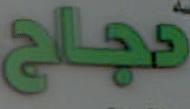
نجاح